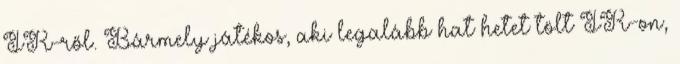
IR-ről. Bármely játékos, aki legalább hat hetet tölt IR-on,